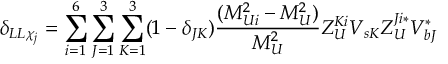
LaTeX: \delta _ { L L \chi _ { j } } = \sum _ { i = 1 } ^ { 6 } \sum _ { J = 1 } ^ { 3 } \sum _ { K = 1 } ^ { 3 } ( 1 - \delta _ { J K } ) \frac { ( M _ { U i } ^ { 2 } - M _ { U } ^ { 2 } ) } { M _ { U } ^ { 2 } } Z _ { U } ^ { K i } V _ { s K } Z _ { U } ^ { J i * } V _ { b J } ^ { * }